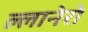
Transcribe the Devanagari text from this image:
ल्लानेरो